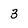
Character: 3